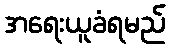
အရေးယူခံရမည်